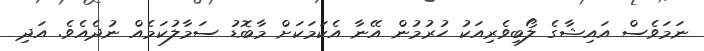
ނަމަވެސް އައިޝާގެ ލޯބިވެރިއަކު ހުރުމުން އޭނާ އެކަމަކަށް މާބޮޑު ސަމާލުކަމެއް ނުދެއެވެ. އަދި